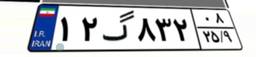
۱۲گ۸۳۲۰۸